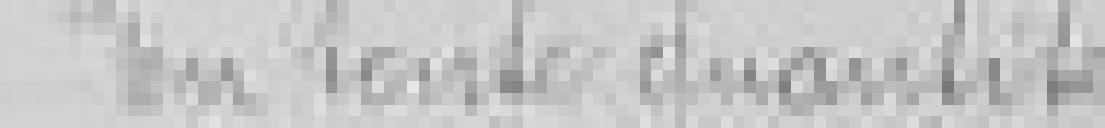
En toute quantité